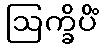
ဩက္ခိပိံ